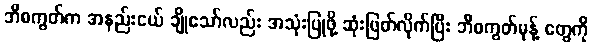
ဘီစကွတ်က အနည်းငယ် ချိုသော်လည်း အသုံးပြုဖို့ ဆုံးဖြတ်လိုက်ပြီး ဘီစကွတ်မုန့် တွေကို